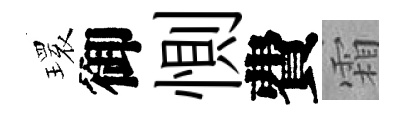
𤨔御惻費霜